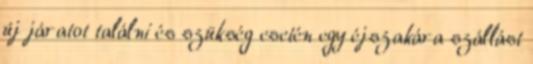
új járatot találni és szükség esetén egy éjszakára szállást